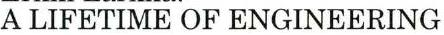
A LIFETIME OF ENGINEERING